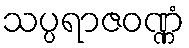
သပ္ပရာဇဝဏ္ဏံ